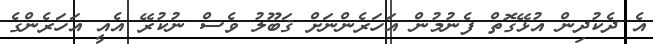
އެ ދެކުދިން އުޅޭގޮތް ފެނުމުން އަހަރެންނަށް ޤަބޫލު ވެސް ނުކުރޭ އެއީ އަހަރެންގެ